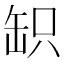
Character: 䍉